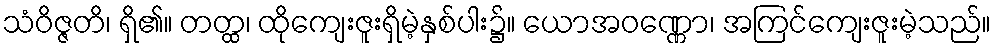
သံဝိဇ္ဇတိ၊ ရှိ၏။ တတ္ထ၊ ထိုကျေးဇူးရှိမဲ့နှစ်ပါး၌။ ယောအဝဏ္ဏော၊ အကြင်ကျေးဇူးမဲ့သည်။